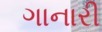
ગાનારી